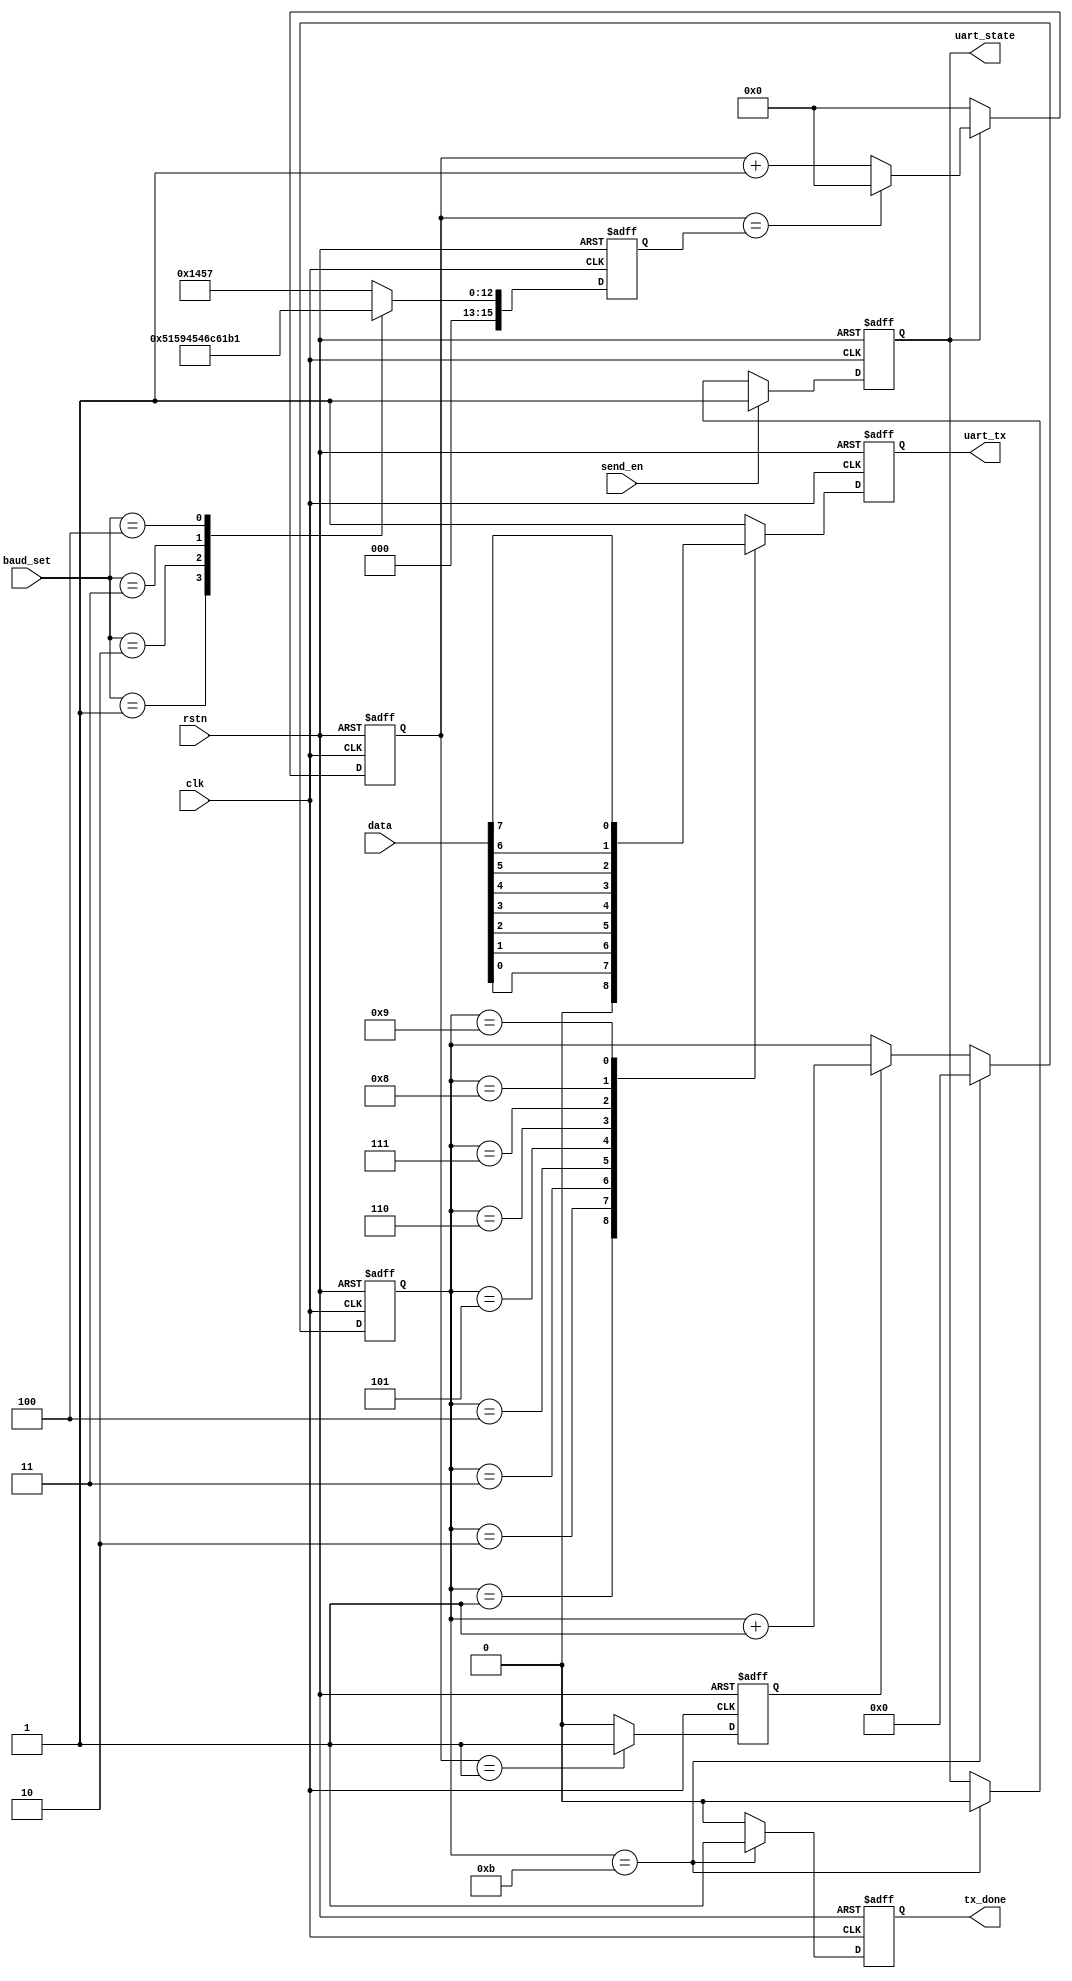
module uart_byte_tx(
    clk,
    rstn,

    send_en,
    data,
    baud_set,

    uart_tx,
    tx_done,
    uart_state
);

input wire clk;
input wire rstn;
input wire send_en;
input wire [7:0] data;
input wire [2:0] baud_set;
output reg uart_tx;
output reg tx_done;
output reg uart_state;

parameter START_BIT = 0;
parameter STOP_BIT = 1;

//bps_clk gen;
reg [15:0] bps_dr;
reg [15:0] div_cnt;
reg bps_clk;

always @(posedge clk or negedge rstn) begin
    if (!rstn) begin
        bps_dr <= 16'd5207;
    end
    else begin
        case (baud_set) 
            'd0:        bps_dr <= 16'd5207;                 //9600;
            'd1:        bps_dr <= 16'd2603;                 //19200;
            'd2:        bps_dr <= 16'd1301;                 //38400;
            'd3:        bps_dr <= 16'd867;                  //57600;
            'd4:        bps_dr <= 16'd433;                  //115200;
            default:    bps_dr <= 16'd5207;                 //9600;
        endcase
    end
end

always @(posedge clk or negedge rstn) begin
    if (!rstn) begin
        div_cnt <= 16'd0;
    end
    else if (uart_state) begin
        if (div_cnt == bps_dr) begin
            div_cnt <= 16'd0;
        end
        else begin
            div_cnt <= div_cnt + 1'b1;
        end
    end
    else begin
        div_cnt <= 16'd0;
    end
end

always @(posedge clk or negedge rstn) begin
    if (!rstn) begin
        bps_clk <= 1'b0;
    end
    else if (div_cnt == 16'd1) begin
        bps_clk <= 1'b1;
    end
    else begin
        bps_clk <= 1'b0;
    end
end

//bps_cnt;
reg [3:0] bps_cnt;

always @(posedge clk or negedge rstn) begin
    if (!rstn) begin
         bps_cnt <= 4'd0;
    end
    else if (bps_cnt == 4'd11) begin
        bps_cnt <= 4'd0;
    end
    else if (bps_clk) begin
        bps_cnt <= bps_cnt + 1'b1;
    end
    else begin
        bps_cnt <= bps_cnt;
    end
end

//tx_done;
always @(posedge clk or negedge rstn) begin
    if (!rstn) begin
        tx_done <= 1'b0;
    end
    else if (bps_cnt == 4'd11) begin
        tx_done <= 1'b1;
    end
    else begin
        tx_done <= 1'b0;
    end
end

//uart_state;
always @(posedge clk or negedge rstn) begin
    if (!rstn) begin
        uart_state <= 1'b0;
    end
    else if (send_en) begin
        uart_state <= 1'b1;
    end
    else if (bps_cnt == 4'd11) begin
        uart_state <= 1'b0;
    end
    else begin
        uart_state <= uart_state;
    end
end

//uart_tx;
always @(posedge clk or negedge rstn) begin
    if (!rstn) begin
        uart_tx <= 1'b1;
    end
    else begin
        case (bps_cnt) 
            'd0:        uart_tx <= 1'b1;
            'd1:        uart_tx <= START_BIT;
            'd2:        uart_tx <= data[0];
            'd3:        uart_tx <= data[1];
            'd4:        uart_tx <= data[2];
            'd5:        uart_tx <= data[3];
            'd6:        uart_tx <= data[4];
            'd7:        uart_tx <= data[5];
            'd8:        uart_tx <= data[6];
            'd9:        uart_tx <= data[7];
            'd10:       uart_tx <= STOP_BIT;
            default:    uart_tx <= 1'b1;
    endcase
    end
end

endmodule